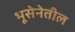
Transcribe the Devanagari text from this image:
भूसेनेतील